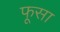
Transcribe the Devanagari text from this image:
फूसा